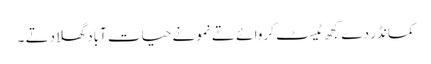
کمانڈر دے کجھ ٹیسٹ کروا ئے تے نمونے حیات آباد گھلا دتے ۔